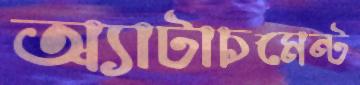
অ্যাটাচমেন্ট